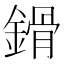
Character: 𨪷